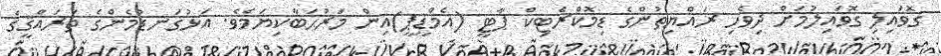
ގޮވައިލި ގޮވައިލުމަށް ދިވެހި ރައްޔިތުންގެ ޑިމޮކްރެޓިކް ޕާޓީ (އެމްޑީޕީ)އިން މަރުޙަބާކިޔަމެވެ. އަޅުގަނޑުމެންގެ ތަރައްޤީގެ